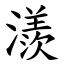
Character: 㵪